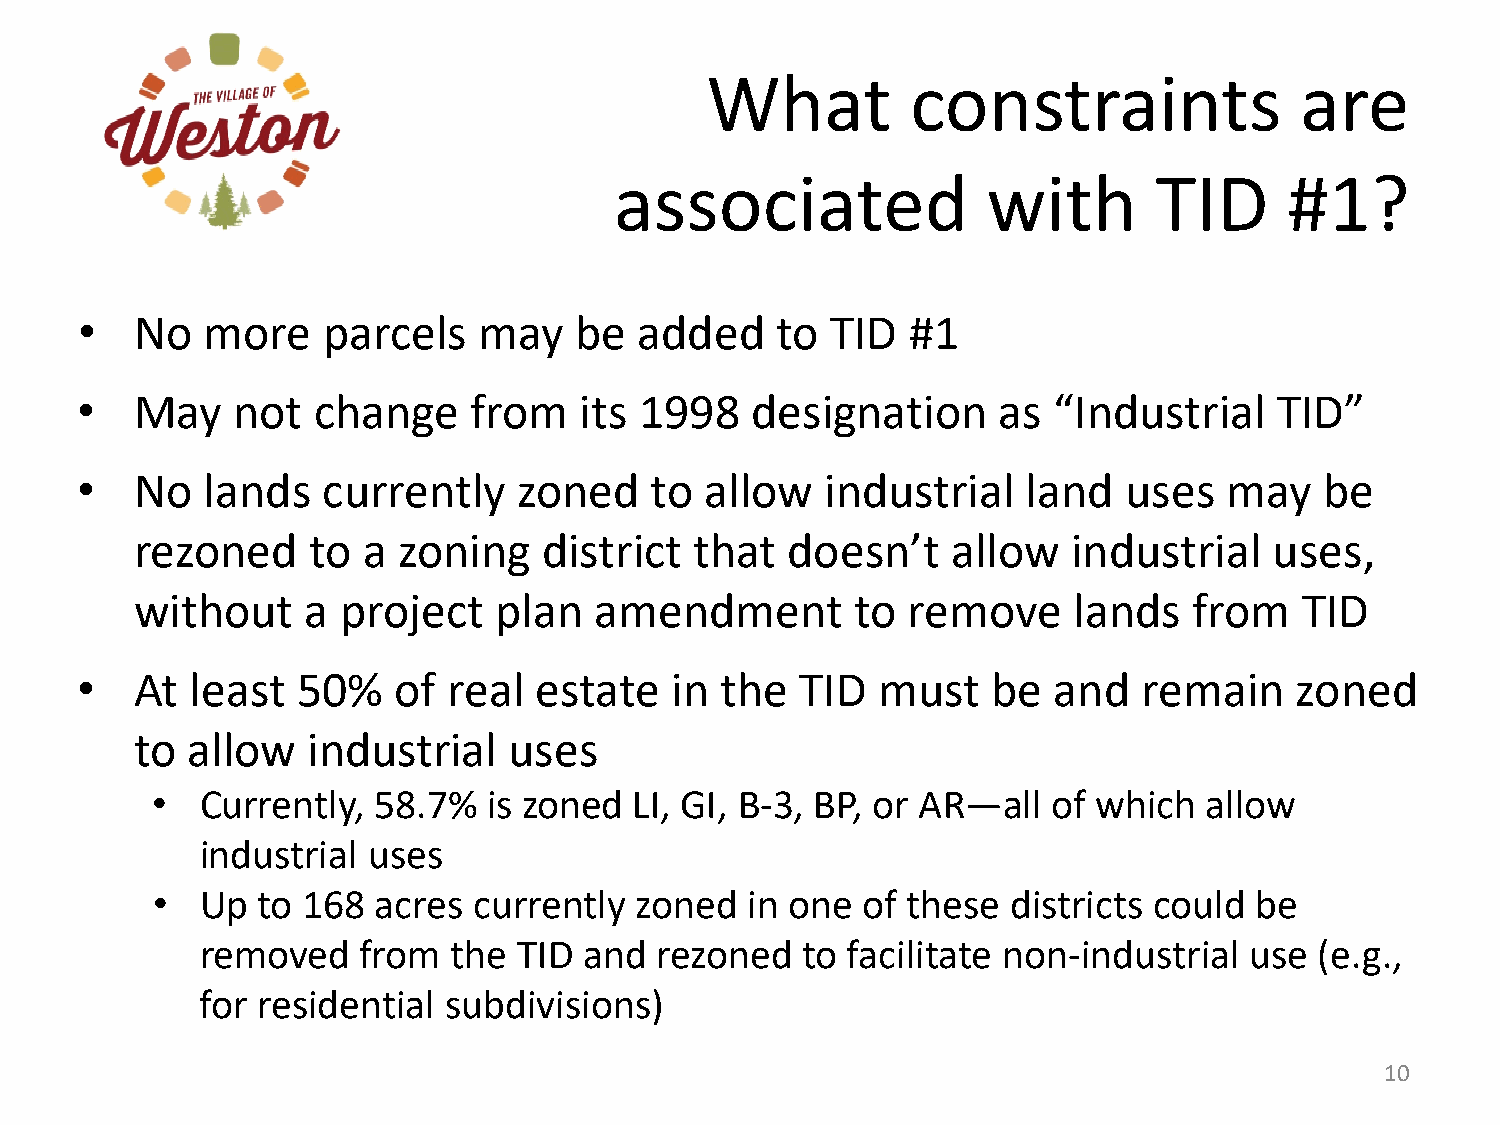
What         constraints               are
 associated              with        TID     #1?
 •   No  more    parcels    may   be  added    to  TID  #1
 •   May   not   change    from   its 1998    designation     as  “Industrial    TID”
 •   No  lands   currently    zoned    to  allow   industrial   land  uses   may    be
 rezoned    to  a zoning    district  that  doesn’t    allow   industrial   uses,
 without    a project    plan  amendment         to remove     lands   from   TID
 •   At  least  50%   of  real estate   in  the  TID  must    be  and   remain    zoned
 to allow   industrial    uses
 •  Currently,  58.7%  is zoned  LI, GI, B-3, BP, or AR—all  of which  allow
 industrial uses
 •  Up  to 168  acres currently  zoned  in one  of these  districts could be
 removed    from  the TID  and rezoned   to facilitate non-industrial  use (e.g.,
 for residential subdivisions)
 10